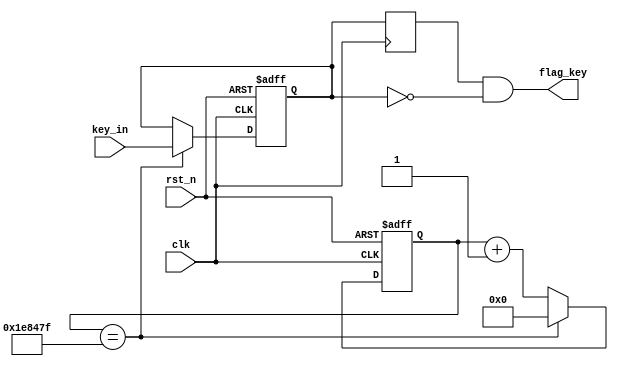
module key_filter_module(
	clk,              // : 50Mhz
	rst_n,            // 
	key_in,           // 
	flag_key           // 
);

localparam n = 5;//

//===========================================================================
// PORT declarations
//===========================================================================						
input        clk; 
input        rst_n;
input  [n-1:0] key_in;
output [n-1:0] flag_key;

//
reg [21:0] count;
reg [n-1:0] key_scan; //KEY

//===========================================================================
// 20ms,
//===========================================================================
always @(posedge clk or negedge rst_n)     //
begin
   if(!rst_n)                //
	begin
      count <= 22'd0;        //0
		key_scan <= 0;
	end
   else
      begin
         if(count ==22'd1999_999)   //20ms,20ms(100M/50-1=1999_999)
         //if(count ==22'd2)//
            begin
               count <= 22'd0;     //20ms
               key_scan <= key_in; //
            end
         else
            count <= count + 22'd1; //1
     end
end
//===========================================================================
// 
//===========================================================================
reg [n-1:0] key_scan_r = 0;
always @(posedge clk)
    key_scan_r <= key_scan;       
    
assign flag_key = key_scan_r[n-1:0] & (~key_scan[n-1:0]);  // 

endmodule